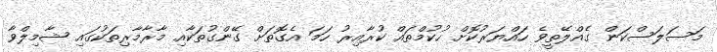
މަސަލަސްކަން ގެއްލޭތީވެ ހައްޔަރުކޮށް ހުކުމްތައް ކުރާއިރު ހަމަ އެގޮތަށް ގޭންގުތަކާއި މާރާމާރިތަކުގައި ޝާމިލްވާ